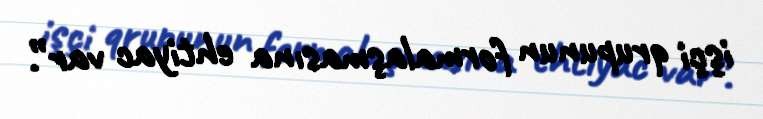
işçi qrupunun formalaşmasına ehtiyac var”.